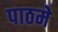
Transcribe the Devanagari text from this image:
पाठमे